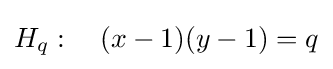
H_{q}:\quad (x-1)(y-1)=q